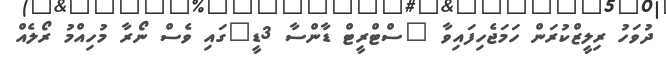
ދުވަހު ރިލީޒްކުރަން ހަމަޖެހިފައިވާ "ސްޓްރީޓް ޑާންސާ 3ޑީ"ގައި ވެސް ނޯރާ މުހިއްމު ރޯލެއް